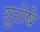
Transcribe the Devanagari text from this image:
सुरोषे